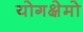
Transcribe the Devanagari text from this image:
योगक्षेमो